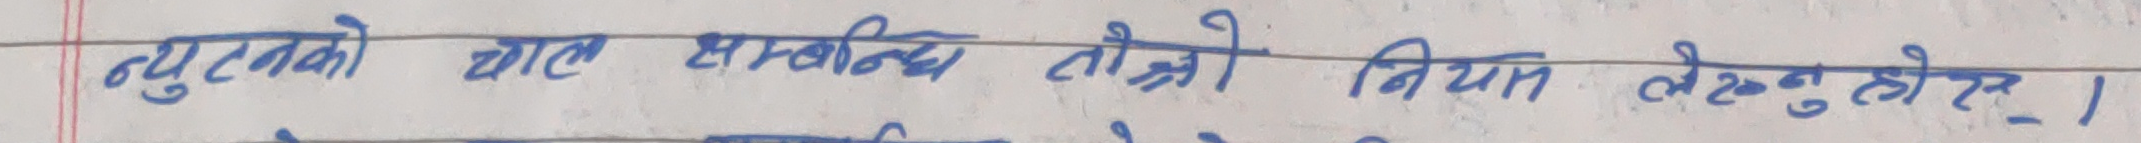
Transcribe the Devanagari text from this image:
न्युटनको चाल सम्बन्धि तेस्रो नियम लेख्नुहोस् ।